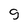
Character: g